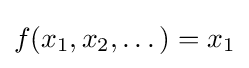
f(x_{1},x_{2},\dotsc )=x_{1}